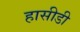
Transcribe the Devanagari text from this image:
हासीडी